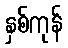
နှစ်ကုန်